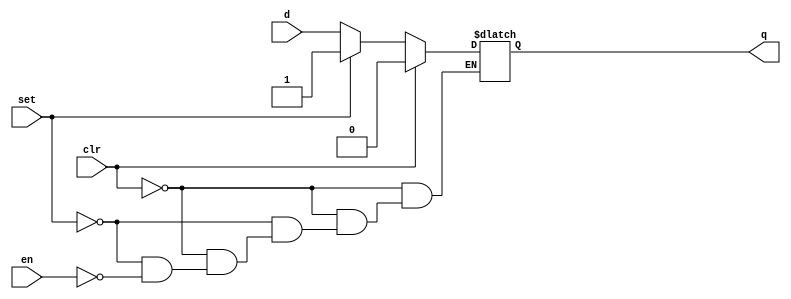
module dlatchsr( input d, set, clr, en, output reg q );
	always @* begin
		if ( clr )
			q = 0;
		else if (set)
			q = 1;
		else
			if (en)
				q = d;
	end
endmodule